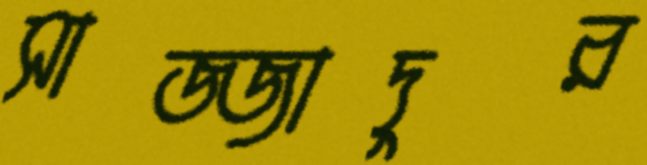
সাজ্জাদুর